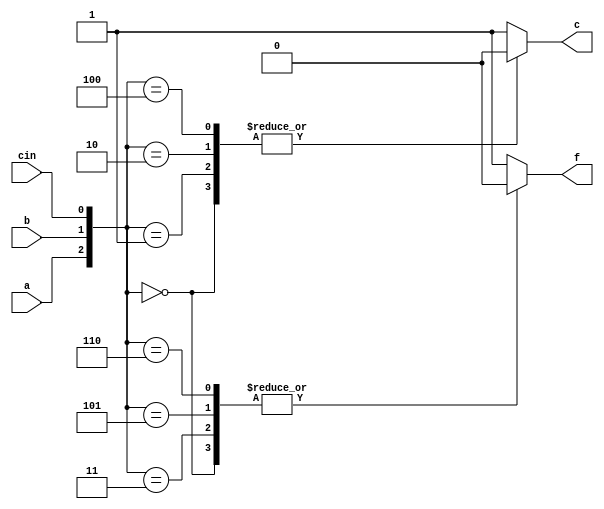
`timescale 1ns / 1ps
//////////////////////////////////////////////////////////////////////////////////
// Company: 
// Engineer: 
// 
// Design Name: 
// Module Name:    fa 
// Project Name: 
// Target Devices: 
// Tool versions: 
// Description: 
//
// Dependencies: 
//
// Revision: 
// Revision 0.01 - File Created
// Additional Comments: 
//
//////////////////////////////////////////////////////////////////////////////////
module fa(
    input a,
    input b,
    input cin,
    output reg f,
    output reg c
    );

	always @(a, b, cin) begin

		case ({a,b,cin})
		3'b000: begin
			f = 0;
			c = 0;
		end
		3'b100, 3'b010, 3'b001: begin
			f = 1;
			c = 0;
		end
		3'b110, 3'b101, 3'b011: begin
			f = 0;
			c = 1;
		end
		// default covers the 111 case
		default: begin
			f = 1;
			c = 1;
		end
		endcase
	end

endmodule